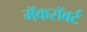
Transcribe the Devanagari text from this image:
मॅकरॉबर्ट